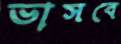
ভাসবে